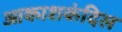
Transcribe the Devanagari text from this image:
आकाशकंदिल